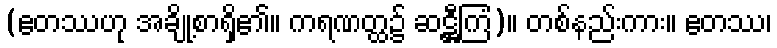
(ဧတဿဟု အချို့စာရှိ၏။ ကရဏတ္ထ၌ ဆဋ္ဌီကြံ)။ တစ်နည်းကား။ ဧတဿ၊